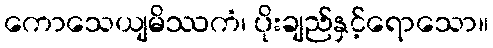
ကောသေယျမိဿကံ၊ ပိုးချည်နှင့်ရောသော။